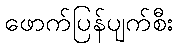
ဖောက်ပြန်ပျက်စီး